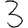
Digit: 3